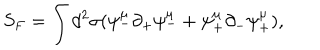
LaTeX: S _ { F } = \int d ^ { 2 } \sigma ( \psi _ { - } ^ { \mu } \partial _ { + } \psi _ { - } ^ { \mu } + \psi _ { + } ^ { \mu } \partial _ { - } \psi _ { + } ^ { \mu } ) ,